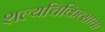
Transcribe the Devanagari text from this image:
शल्यचिकित्साचा